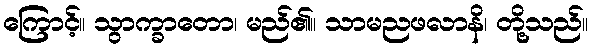
ကြောင့်။ သွာက္ခာတော၊ မည်၏။ သာမညဖလာနိ၊ တို့သည်။